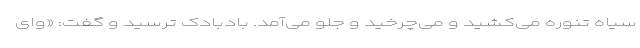
سیاه تنوره می‌کشید و می‌چرخید و جلو می‌آمد. بادبادک ترسید و گفت: «وای